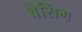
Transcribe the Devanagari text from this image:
वेसिंग